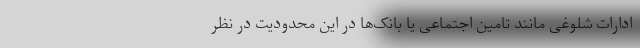
ادارات شلوغی مانند تامین اجتماعی یا بانک‌ها در این محدودیت در نظر